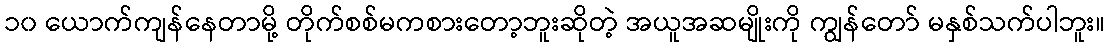
၁၀ ယောက်ကျန်နေတာမို့ တိုက်စစ်မကစားတော့ဘူးဆိုတဲ့ အယူအဆမျိုးကို ကျွန်တော် မနှစ်သက်ပါဘူး။